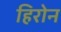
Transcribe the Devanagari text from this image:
हिरोन